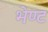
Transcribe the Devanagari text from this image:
भेण्ट